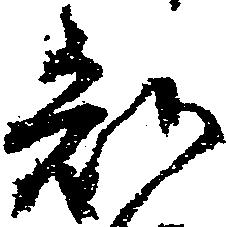
知